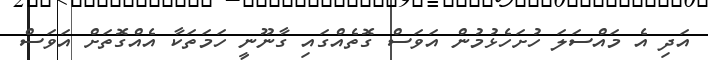
އަދި އެ މައްސަލަ ހުށަހެޅުމުން އަވަސް ގޮތެއްގައި ގާނޫނީ ހަމަތަކާ އެއްގޮތަށް އަވަސް